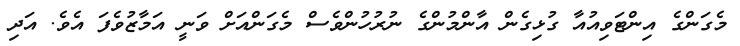
މެގަންގެ އިންޓަވިއުއާ ގުޅިގެން އާންމުންގެ ނުރުހުންވެސް މެގަންއަށް ވަނީ އަމާޒުވެފަ އެވެ. އަދި